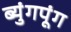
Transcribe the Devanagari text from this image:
ब्युंगपूंग